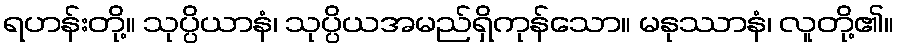
ရဟန်းတို့။ သုပ္ပိယာနံ၊ သုပ္ပိယအမည်ရှိကုန်သော။ မနုဿာနံ၊ လူတို့၏။